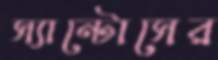
স্যান্টোসের